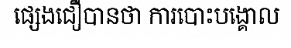
ផ្សេងជឿបានថា ការបោះបង្គោល